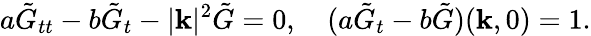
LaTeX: a\tilde{G}_{tt}-b\tilde{G}_{t}-|\mathbf{k}|^{2}\tilde{G}=0,\quad(a\tilde{G}_{t}-b\tilde{G})(\mathbf{k},0)=1.